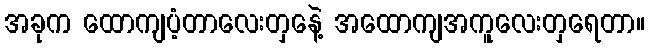
အခုက ထောကျပံ့တာလေးတှနေဲ့ အထောကျအကူလေးတှရေတာ။